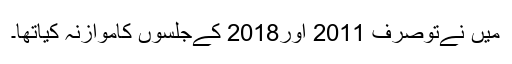
میں نےتوصرف 2011 اور2018 کےجلسوں کاموازنہ کیاتھا۔